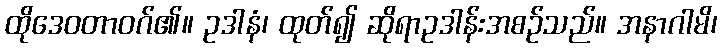
ထိုဒေဝတာဝဂ်၏။ ဥဒါနံ၊ ထုတ်၍ ဆိုရာဥဒါန်းအစဉ်သည်။ အနာဂါမိ၊